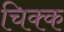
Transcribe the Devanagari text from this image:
चिक्क